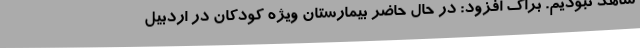
شاهد نبودیم. براک افزود: در حال حاضر بیمارستان ویژه کودکان در اردبیل